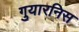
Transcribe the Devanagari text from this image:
गुयारनिस